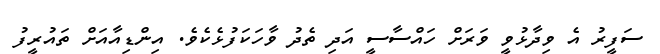
ސަފީރު އެ ވިދާޅުވީ ވަރަށް ހައްސާސީ އަދި ތެދު ވާހަކަފުޅެކެވެ. އިންޑިއާއަށް ތައުރީފު